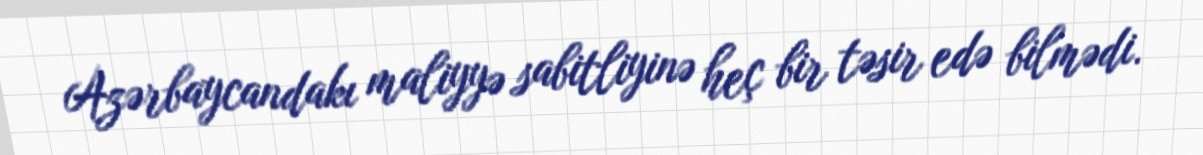
Azərbaycandakı maliyyə sabitliyinə heç bir təsir edə bilmədi.